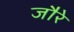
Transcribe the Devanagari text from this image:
जौरे